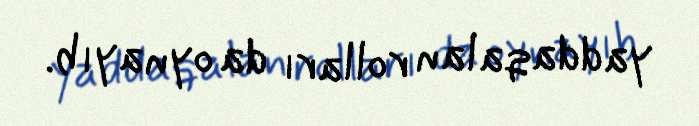
yaddaqalan rolları da oynayıb.